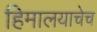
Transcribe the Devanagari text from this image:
हिमालयाचेच